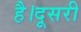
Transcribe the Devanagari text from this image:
है।दूसरी